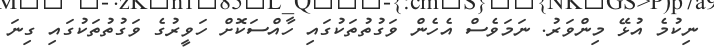
ނިކުމެ އުޅޭ މިންވަރު. ނަމަވެސް އެހެން ވަގުތުތަކުގައި ހާއްސަކޮށް ހަވީރުގެ ވަގުތުތަކުގައި ގިނަ